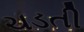
ચડતી